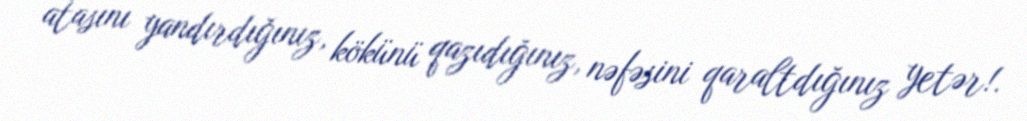
atasını yandırdığınız, kökünü qazıdığınız, nəfəsini qaraltdığınız yetər!.